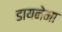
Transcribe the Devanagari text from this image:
डायनेमा